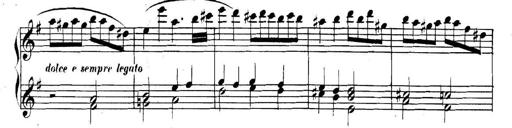
Title: Collected Piano Sonatas
Composer: Muzio Clementi